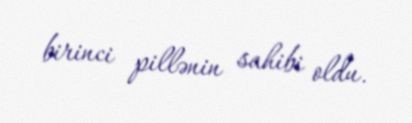
birinci pillənin sahibi oldu.